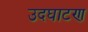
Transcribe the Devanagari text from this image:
उदघाटण